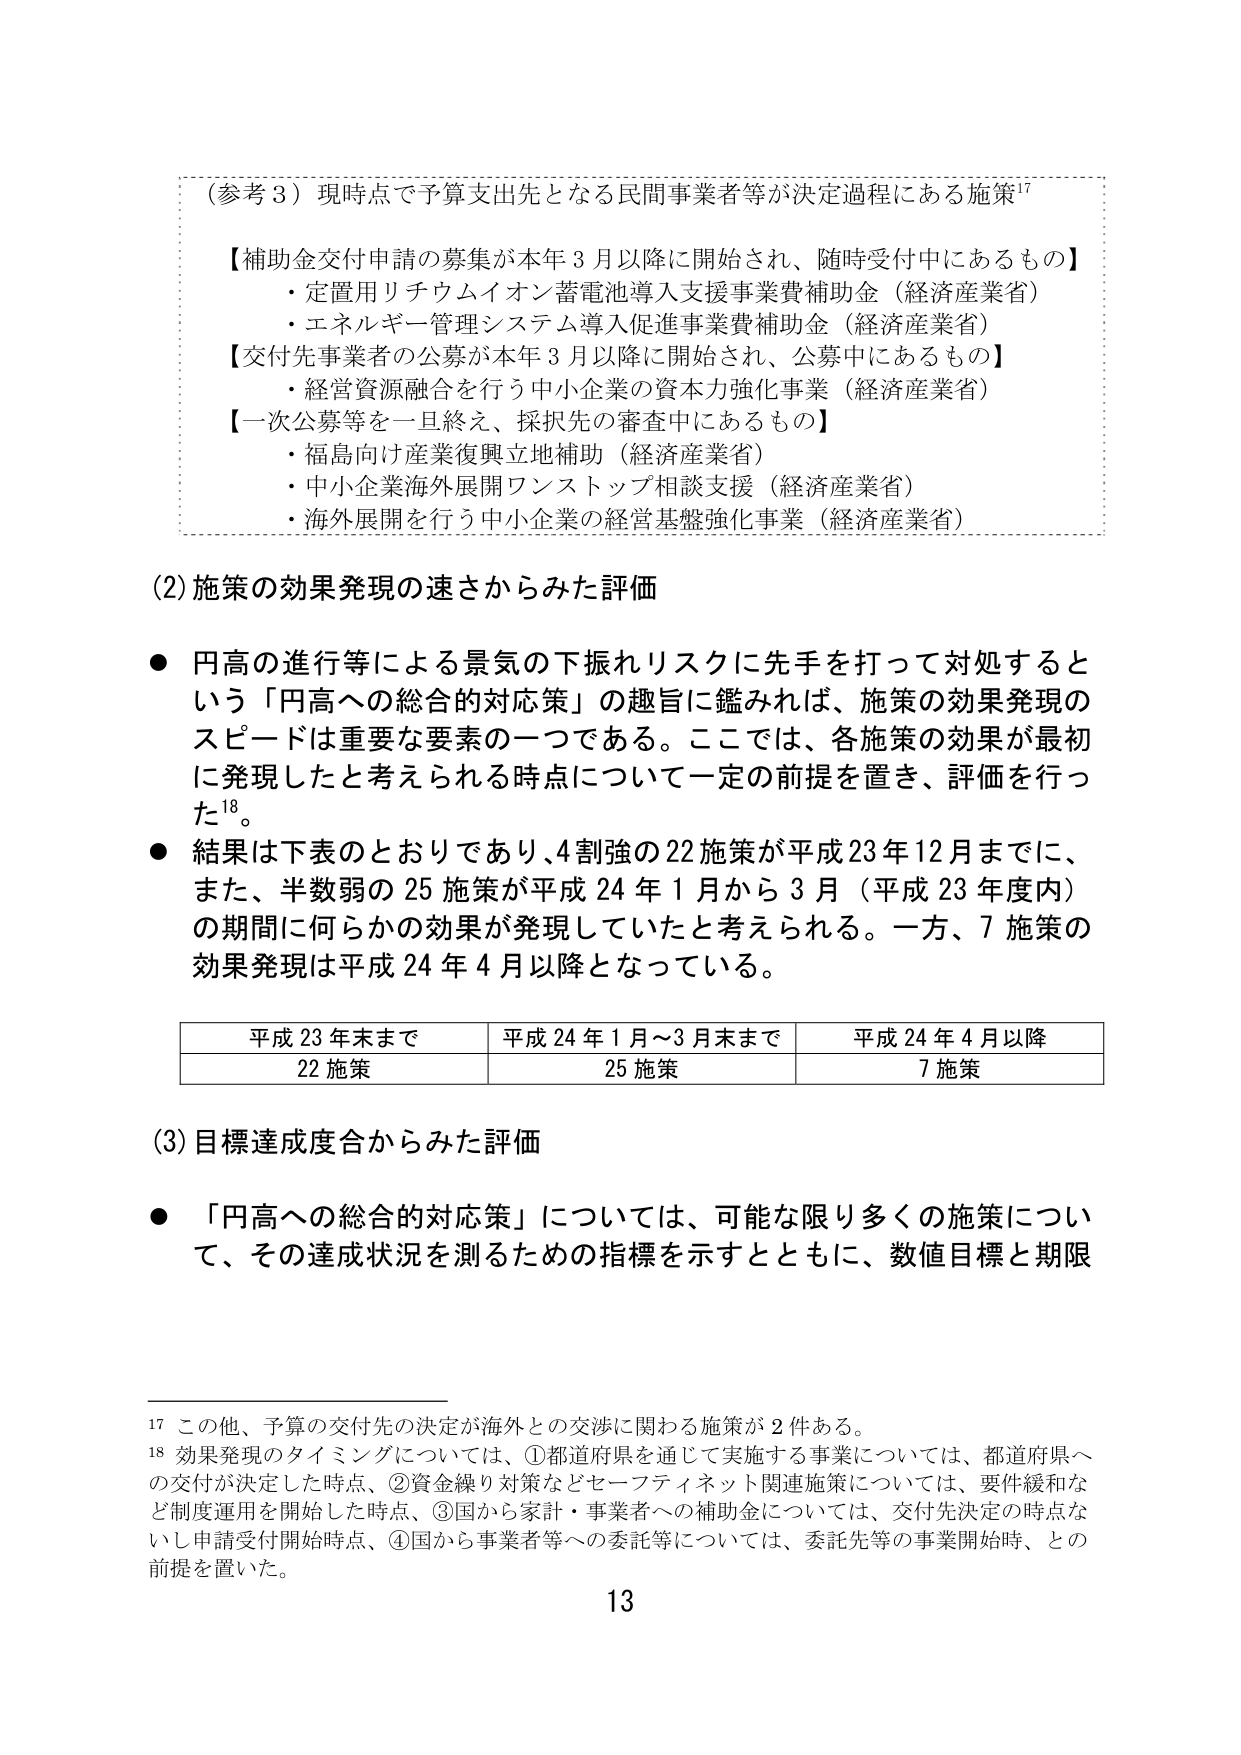
（参考３）現時点で予算支出先となる民間事業者等が決定過程にある施策¹⁷

【補助金交付申請の募集が本年３月以降に開始され、随時受付中にあるもの】
・定置用リウムイオン蓄電池導入支援事業費補助金（経済産業省）
・エネルギー管理システム導入促進事業費補助金（経済産業省）

【交付先事業者の公募が本年３月以降に開始され、公募中にあるもの】
・経営資源融合を行う中小企業の資本力強化事業（経済産業省）

【一次公募等を一旦終え、採択先の審査中にあるもの】
・福島向け産業復興立地補助（経済産業省）
・中小企業海外展開ワンストップ相談支援（経済産業省）
・海外展開を行う中小企業の経営基盤強化事業（経済産業省）

(2) 施策の効果発現の速さからみた評価

● 円高の進行等による景気の下振れリスクに先手を打って対処するという「円高への総合的対応策」の趣旨に鑑みれば、施策の効果発現のスピードは重要な要素の一つである。ここでは、各施策の効果が最初に発現したと考えられる時点について一定の前提を置き、評価を行った¹⁸。

● 結果は下表のとおりであり、4割強の22施策が平成23年12月までに、また、半数弱の25施策が平成24年1月から3月（平成23年度内）の期間に何らかの効果が発現していたと考えられる。一方、7施策の効果発現は平成24年4月以降となっている。

平成23年末まで　　平成24年1月～3月末まで　　平成24年4月以降
22施策　　　　　　25施策　　　　　　　　7施策

(3) 目標達成度合からみた評価

● 「円高への総合的対応策」については、可能な限り多くの施策について、その達成状況を測るための指標を示すとともに、数値目標と期限

¹⁷ この他、予算の交付先の決定が海外との交渉に関わる施策が2件ある。
¹⁸ 効果発現のタイミングについては、①都道府県を通じて実施する事業については、都道府県への交付が決定した時点、②資金繰り対策などセーフティネット関連施策については、要件緩和など制度運用を開始した時点、③国から家計・事業者への補助金については、交付先決定の時点ないし申請受付開始時点、④国から事業者等への委託等については、委託先等の事業開始時、との前提を置いた。

13